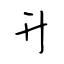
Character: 升